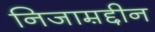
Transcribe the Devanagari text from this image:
निजाम़द्दीन